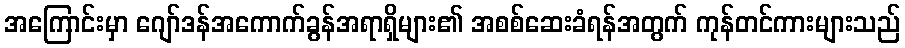
အကြောင်းမှာ ဂျော်ဒန်အကောက်ခွန်အရာရှိများ၏ အစစ်ဆေးခံရန်အတွက် ကုန်တင်ကားများသည်